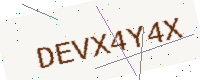
Text: DEVX4Y4X